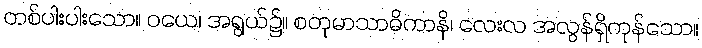
တစ်ပါးပါးသော။ ဝယေ၊ အရွယ်၌။ စတုမာသာဓိကာနိ၊ လေးလ အလွန်ရှိကုန်သော။